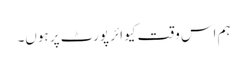
ہم اس وقت کیو ائر پورٹ پر ہوں۔